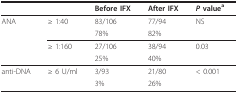
|  |  | Before IFX | After IFX | P valuea |
 | --- | --- | --- | --- | --- |
 | ANA | ≥ 1:40 | 83/106 | 77/94 | NS |
 |  |  | 78% | 82% |  |
 |  | ≥ 1:160 | 27/106 | 38/94 | 0.03 |
 |  |  | 25% | 40% |  |
 | anti-DNA | ≥ 6 U/ml | 3/93 | 21/80 | < 0.001 |
 |  |  | 3% | 26% |  |